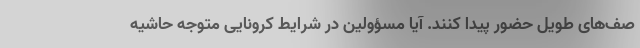
صف‌های طویل حضور پیدا کنند. آیا مسؤولین در شرایط کرونایی متوجه حاشیه